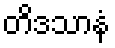
တိဒသာနံ